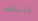
تنبعث